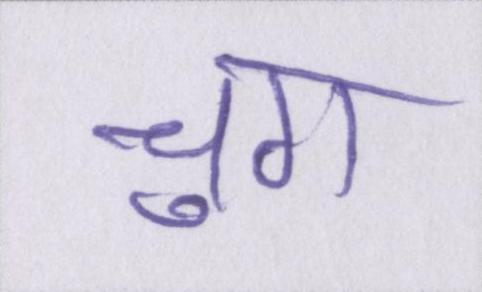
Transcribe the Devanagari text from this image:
चुग